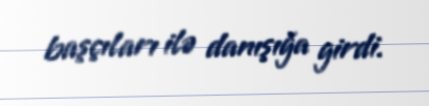
başçıları ilə danışığa girdi.